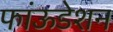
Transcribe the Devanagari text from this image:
फांऊडेशन